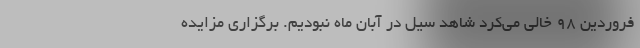
فروردین ۹۸ خالی می‌کرد شاهد سیل در آبان ماه نبودیم. برگزاری مزایده